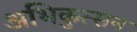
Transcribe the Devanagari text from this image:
अभिकुत्सन